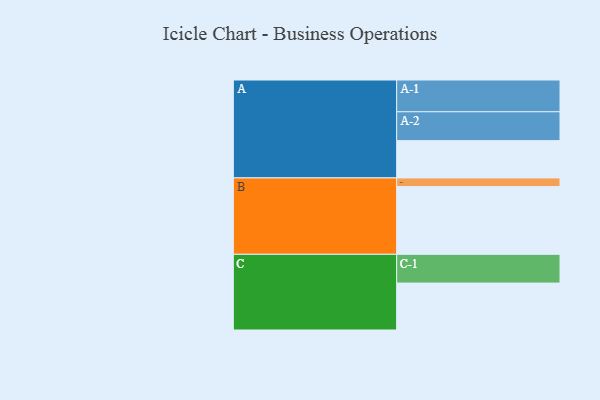
{"axis": {"x": "Segment", "y": "Value"}, "legend": ["", "A", "B", "C"], "data": [{"x": "A", "y": 310, "type": ""}, {"x": "B", "y": 563, "type": ""}, {"x": "C", "y": 390, "type": ""}, {"x": "A-1", "y": 264, "type": "A"}, {"x": "A-2", "y": 240, "type": "A"}, {"x": "B-1", "y": 72, "type": "B"}, {"x": "C-1", "y": 239, "type": "C"}]}